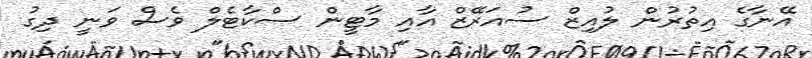
އޭނާގެ އިތުރުން ލުއިޒް ސުއަރޭޒް އާއި މާޓީން ސްކާޓެލް ވެސް ވަނީ ދިގު